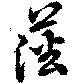
藩